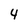
Character: 4